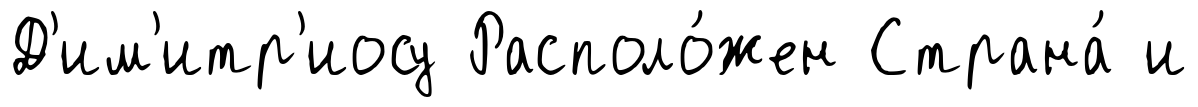
Д'им'итр'иосу Располо́жен Страна́ и